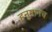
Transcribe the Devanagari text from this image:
हनुमानच